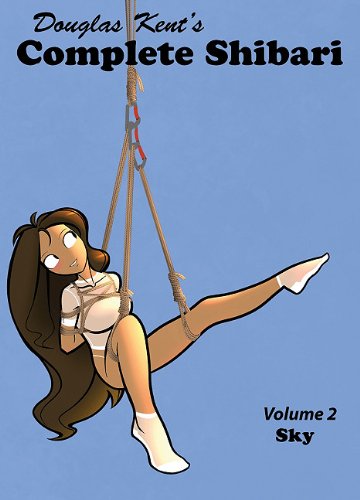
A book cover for Complete Shibari Volume 2: Sky; Douglas Kent; Arts & Photography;